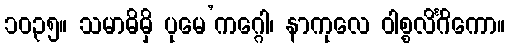
၁၀၃၅။ သမာဓိမှိ ပုမေ’ကဂ္ဂေါ၊ နာကုလေ ဝါစ္စလိင်္ဂိကော။